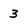
Character: 3